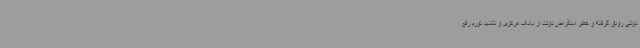
دولتی رونق گرفته و خطر استقراض دولت از بانک مرکزی و تشدید تورم رفع